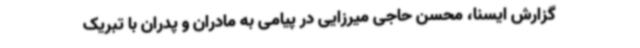
گزارش ایسنا، محسن حاجی میرزایی در پیامی به مادران و پدران با تبریک